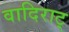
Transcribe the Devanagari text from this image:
वादिराट्